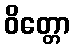
ဝိတ္တော